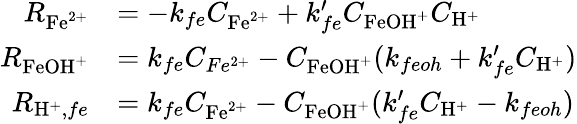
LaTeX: \begin{array}{rl}{R_{\mathrm{Fe}^{2+}}}&{=-k_{fe}C_{\mathrm{Fe}^{2+}}+k_{fe}^{\prime}C_{\mathrm{FeOH}^{+}}C_{\mathrm{H}^{+}}}\\ {R_{\mathrm{FeOH}^{+}}}&{=k_{fe}C_{Fe^{2+}}-C_{\mathrm{FeOH}^{+}}(k_{feoh}+k_{fe}^{\prime}C_{\mathrm{H}^{+}})}\\ {R_{\mathrm{H}^{+},fe}}&{=k_{fe}C_{\mathrm{Fe}^{2+}}-C_{\mathrm{FeOH}^{+}}(k_{fe}^{\prime}C_{\mathrm{H}^{+}}-k_{feoh})}\end{array}